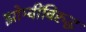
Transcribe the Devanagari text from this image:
झोम्बींविरुद्ध